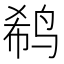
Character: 𱉹